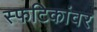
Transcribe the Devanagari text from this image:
स्फटिकांवर